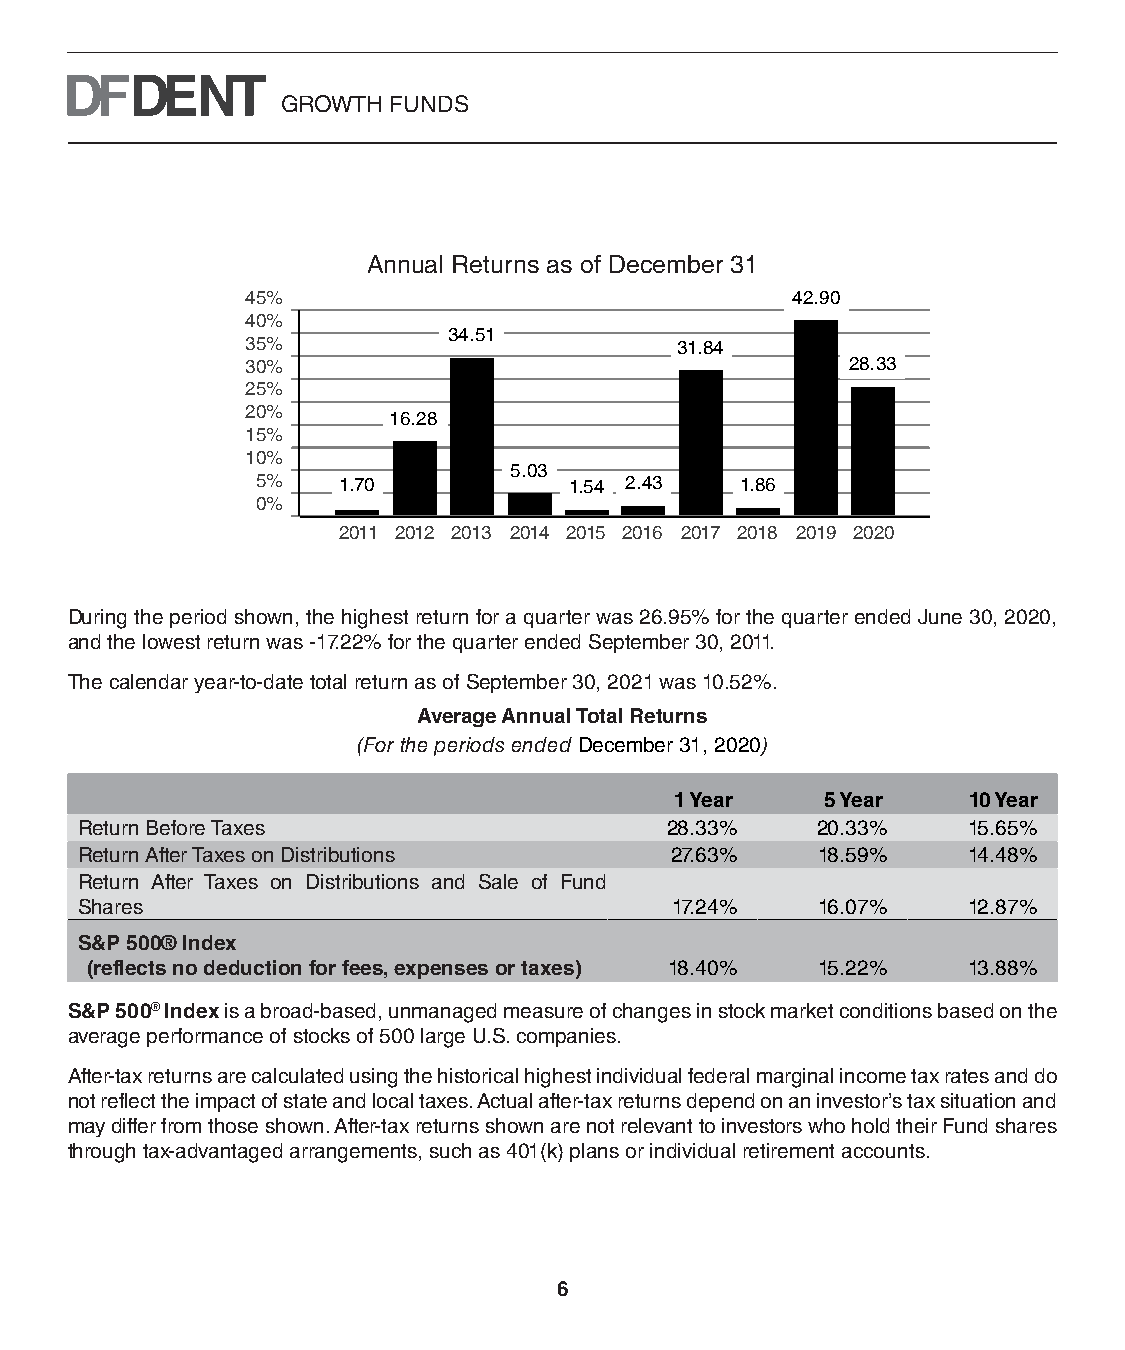
GROWTH FUNDS
 Annual Returns as of December 31
 45%                                 42.90
 40%
 34.51
 35%                          31.84
 30%                                     28.33
 25%
 20%       16.28
 15%
 10%
 5.03
 5%   1.70            1.54 2.43  1.86
 0%
 2011 2012 2013 2014 2015 2016 2017 2018 2019 2020
 During the period shown, the highest return for a quarter was 26.95% for the quarter ended June 30, 2020,
 and the lowest return was -17.22% for the quarter ended September 30, 2011.
 The calendar year-to-date total return as of September 30, 2021 was 10.52%.
 Average Annual Total Returns
 (For the periods ended December 31, 2020)
 1 Year    5 Year   10 Year
 Return Before Taxes                    28.33%    20.33%    15.65%
 Return After Taxes on Distributions    27.63%    18.59%    14.48%
 Return After Taxes on Distributions and Sale of Fund
 Shares                                 17.24%    16.07%    12.87%
 S&P 500® Index
 (reflects no deduction for fees, expenses or taxes) 18.40% 15.22% 13.88%
 S&P 500® Index is a broad-based, unmanaged measure of changes in stock market conditions based on the
 average performance of stocks of 500 large U.S. companies.
 After-tax returns are calculated using the historical highest individual federal marginal income tax rates and do
 not reflect the impact of state and local taxes. Actual after-tax returns depend on an investor’s tax situation and
 may differ from those shown. After-tax returns shown are not relevant to investors who hold their Fund shares
 through tax-advantaged arrangements, such as 401(k) plans or individual retirement accounts.
 6